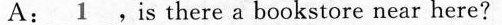
A: \underline{1} ,is there a bookstore near here?